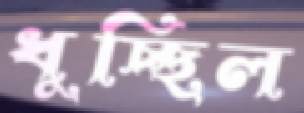
ধুচ্ছিল